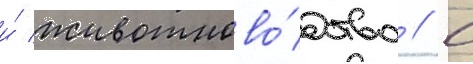
и́ животново́дство // С